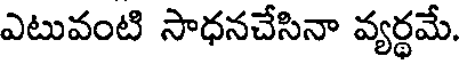
ఎటువంటి సాధనచేసినా వ్యర్థమే.